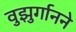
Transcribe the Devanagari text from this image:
वुझुर्गानने